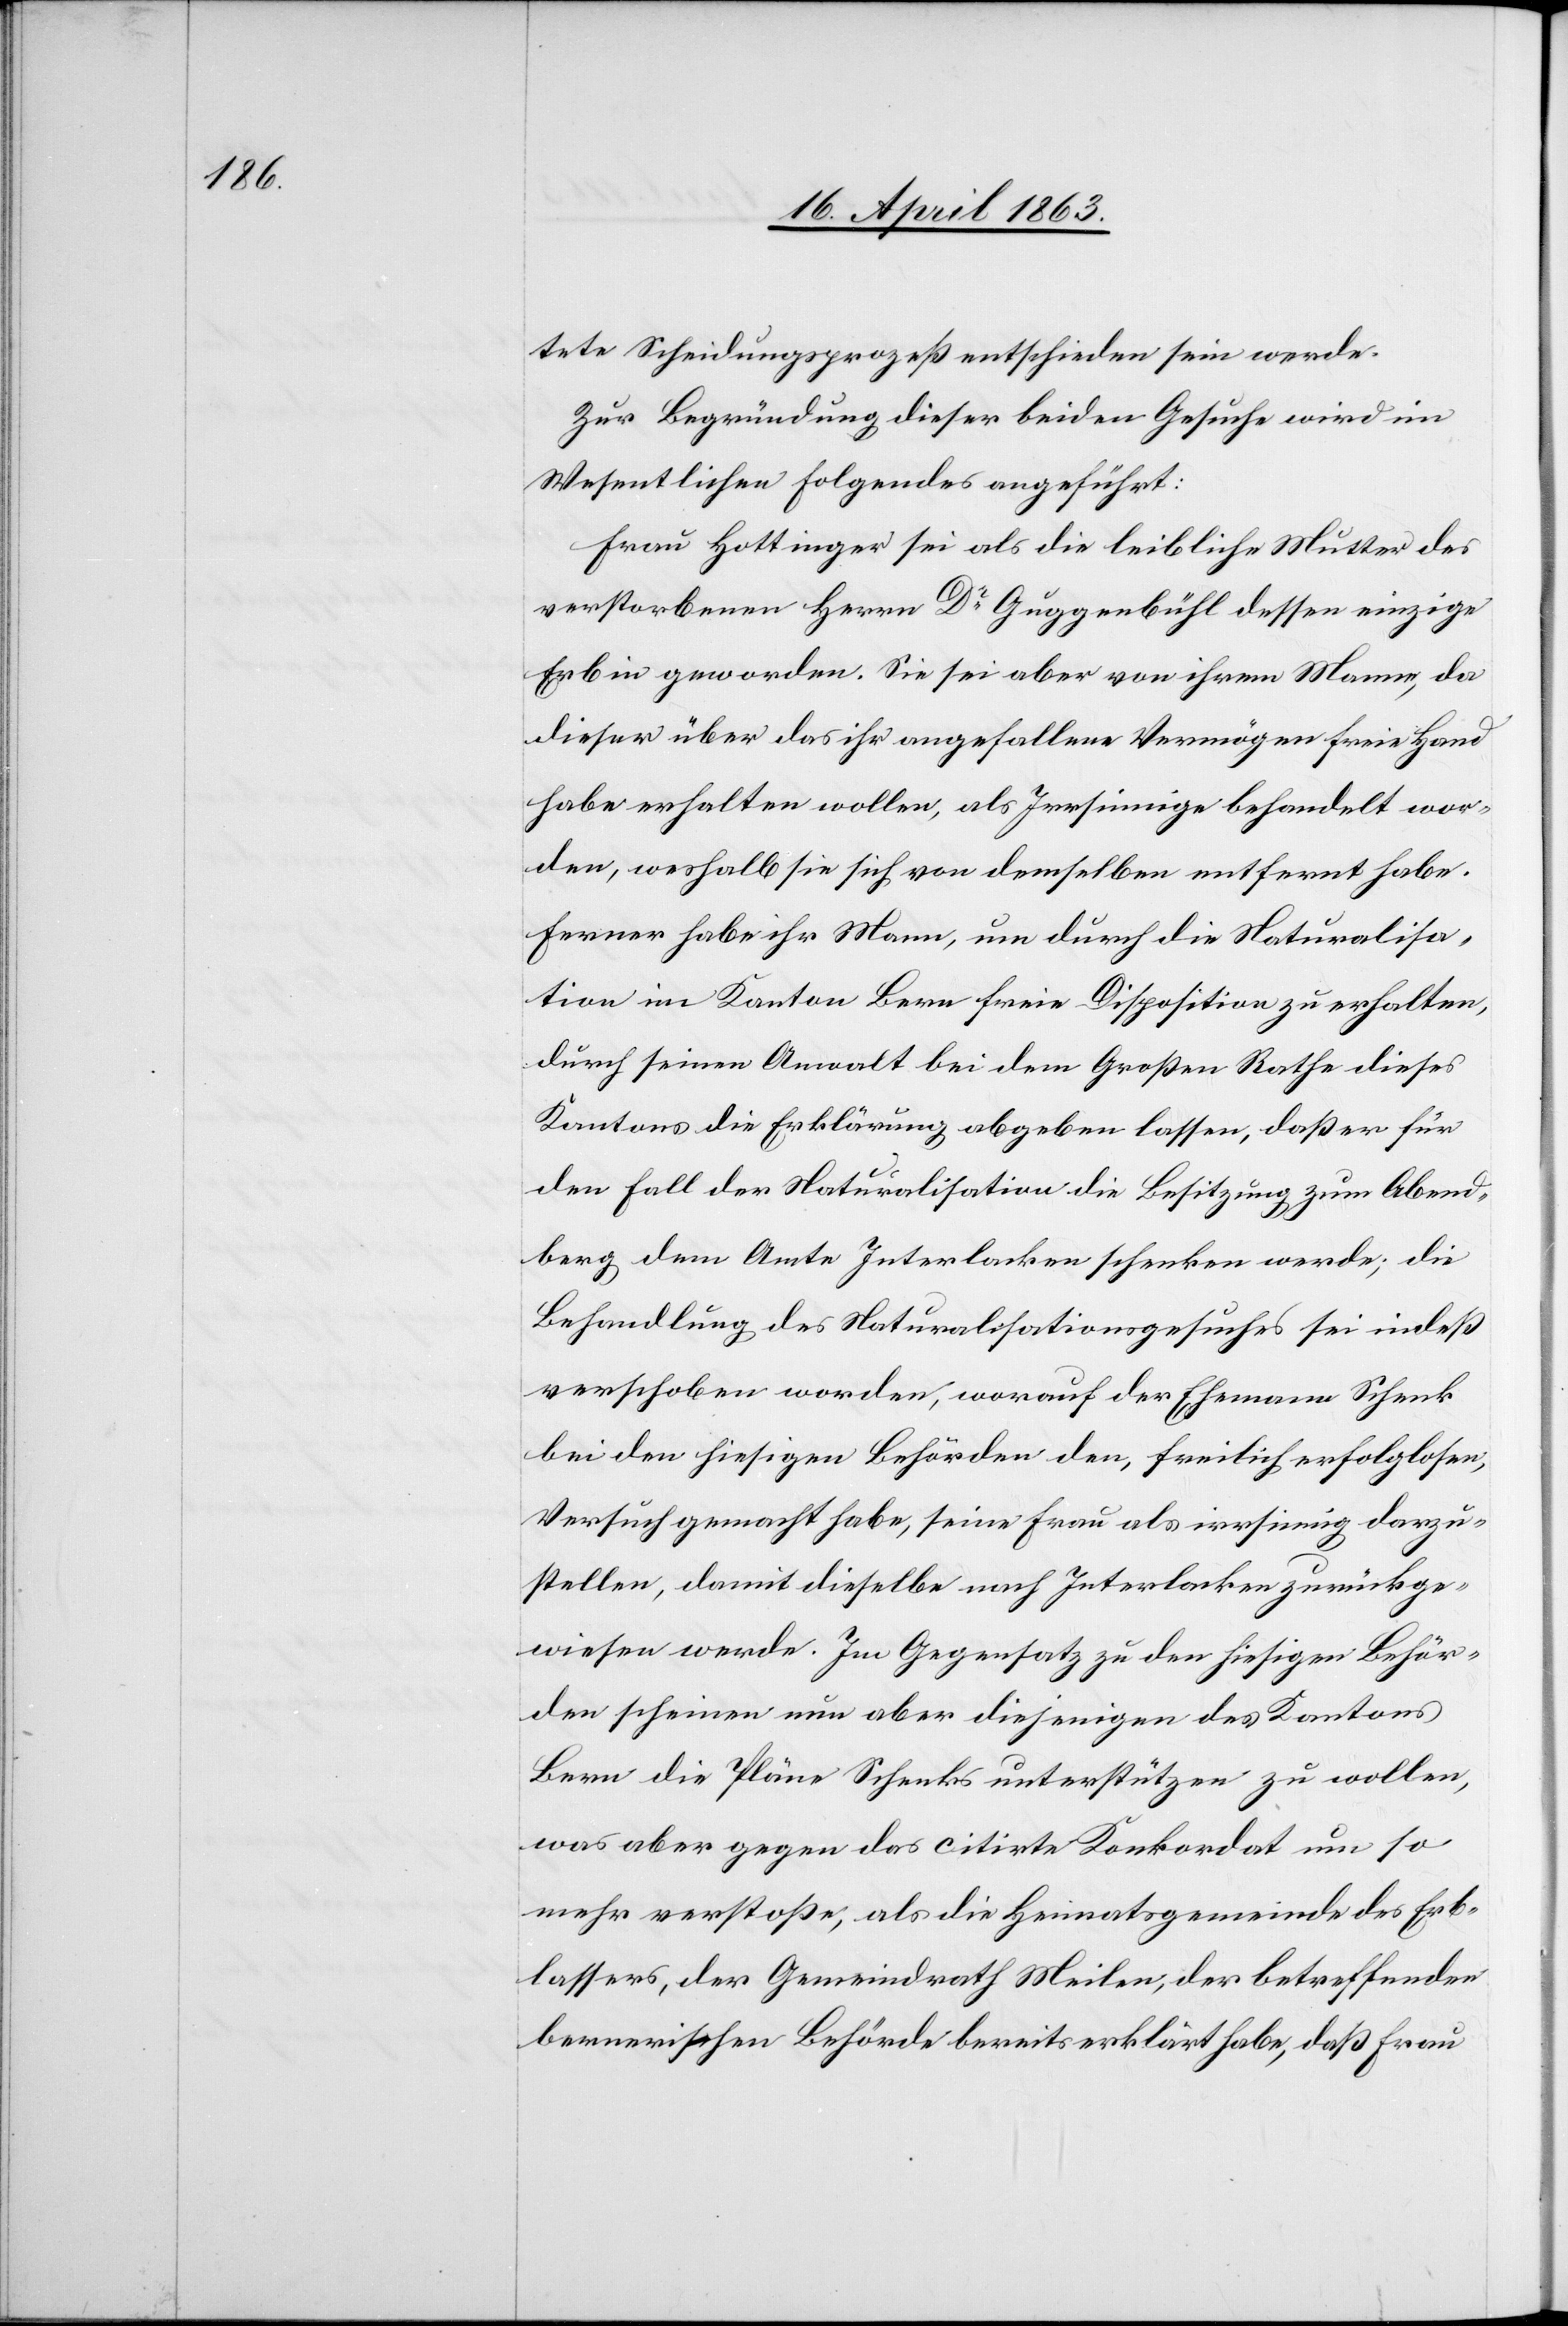
tete Scheidungsprozeß entschieden sein werde.
Zur Begründung dieser beiden Gesuche wird im
Wesentlichen Folgendes angeführt:
Frau Hottinger sei als die leibliche Mutter des
verstorbenen Herrn Dr Guggenbühl dessen einzige
Erbin geworden. Sie sei aber von ihrem Manne, da
dieser über das ihr angefallene Vermögen freie Hand
habe erhalten wollen, als Irrsinnige behandelt wor¬
den, weshalb sie sich von demselben entfernt habe.
Ferner habe ihr Mann, um durch die Naturalisa¬
tion im Kanton Bern freie Disposition zu erhalten,
durch seinen Anwalt bei dem Großen Rathe dieses
Kantons die Erklärung abgeben lassen, daß er für
den Fall der Naturalisation die Besitzung zum Abend¬
berg dem Amte Interlaken schenken werde; die
Behandlung des Naturalisationsgesuches sei indeß
verschoben worden, worauf der Ehemann Schenk
bei den hiesigen Behörden den, freilich erfolglosen,
Versuch gemacht habe, seine Frau als irrsinnig darzu¬
stellen, damit dieselbe nach Interlaken zurückge¬
wiesen werde. Im Gegensatz zu den hiesigen Behör¬
den scheinen nun aber diejenigen des Kantons
Bern die Pläne Schenk unterstützen zu wollen,
was aber gegen das citirte Konkordat um so
mehr verstoße, als die Heimatsgemeinde des Erb¬
lassers, der Gemeindrath Meilen, der betreffenden
bernerischen Behörde bereits erklärt habe, daß Frau